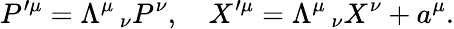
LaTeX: P^{\prime\mu}=\Lambda^{\mu}\, _{\nu}P^{\nu},\quad X^{\prime\mu}=\Lambda^{\mu}\, _{\nu}X^{\nu}+a^{\mu}.